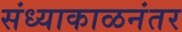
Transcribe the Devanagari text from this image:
संध्याकाळनंतर